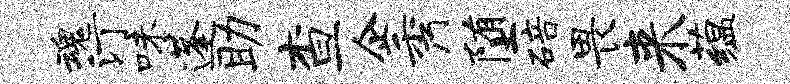
魂汀味蓬助查企秀堕碚畏来蕴